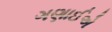
ગણાઈએ